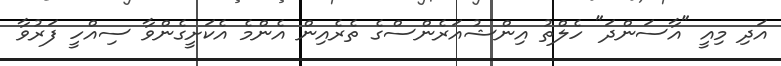
އަދި މިއީ "އާސަންދަ" ހެލްތު އިންޝުއަރެންސްގެ ތެރެއިން އެންމެ އެކަށީގެންވާ ސިއްހީ ފަރުވާ